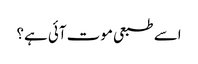
اسے طبعی موت آئی ہے؟